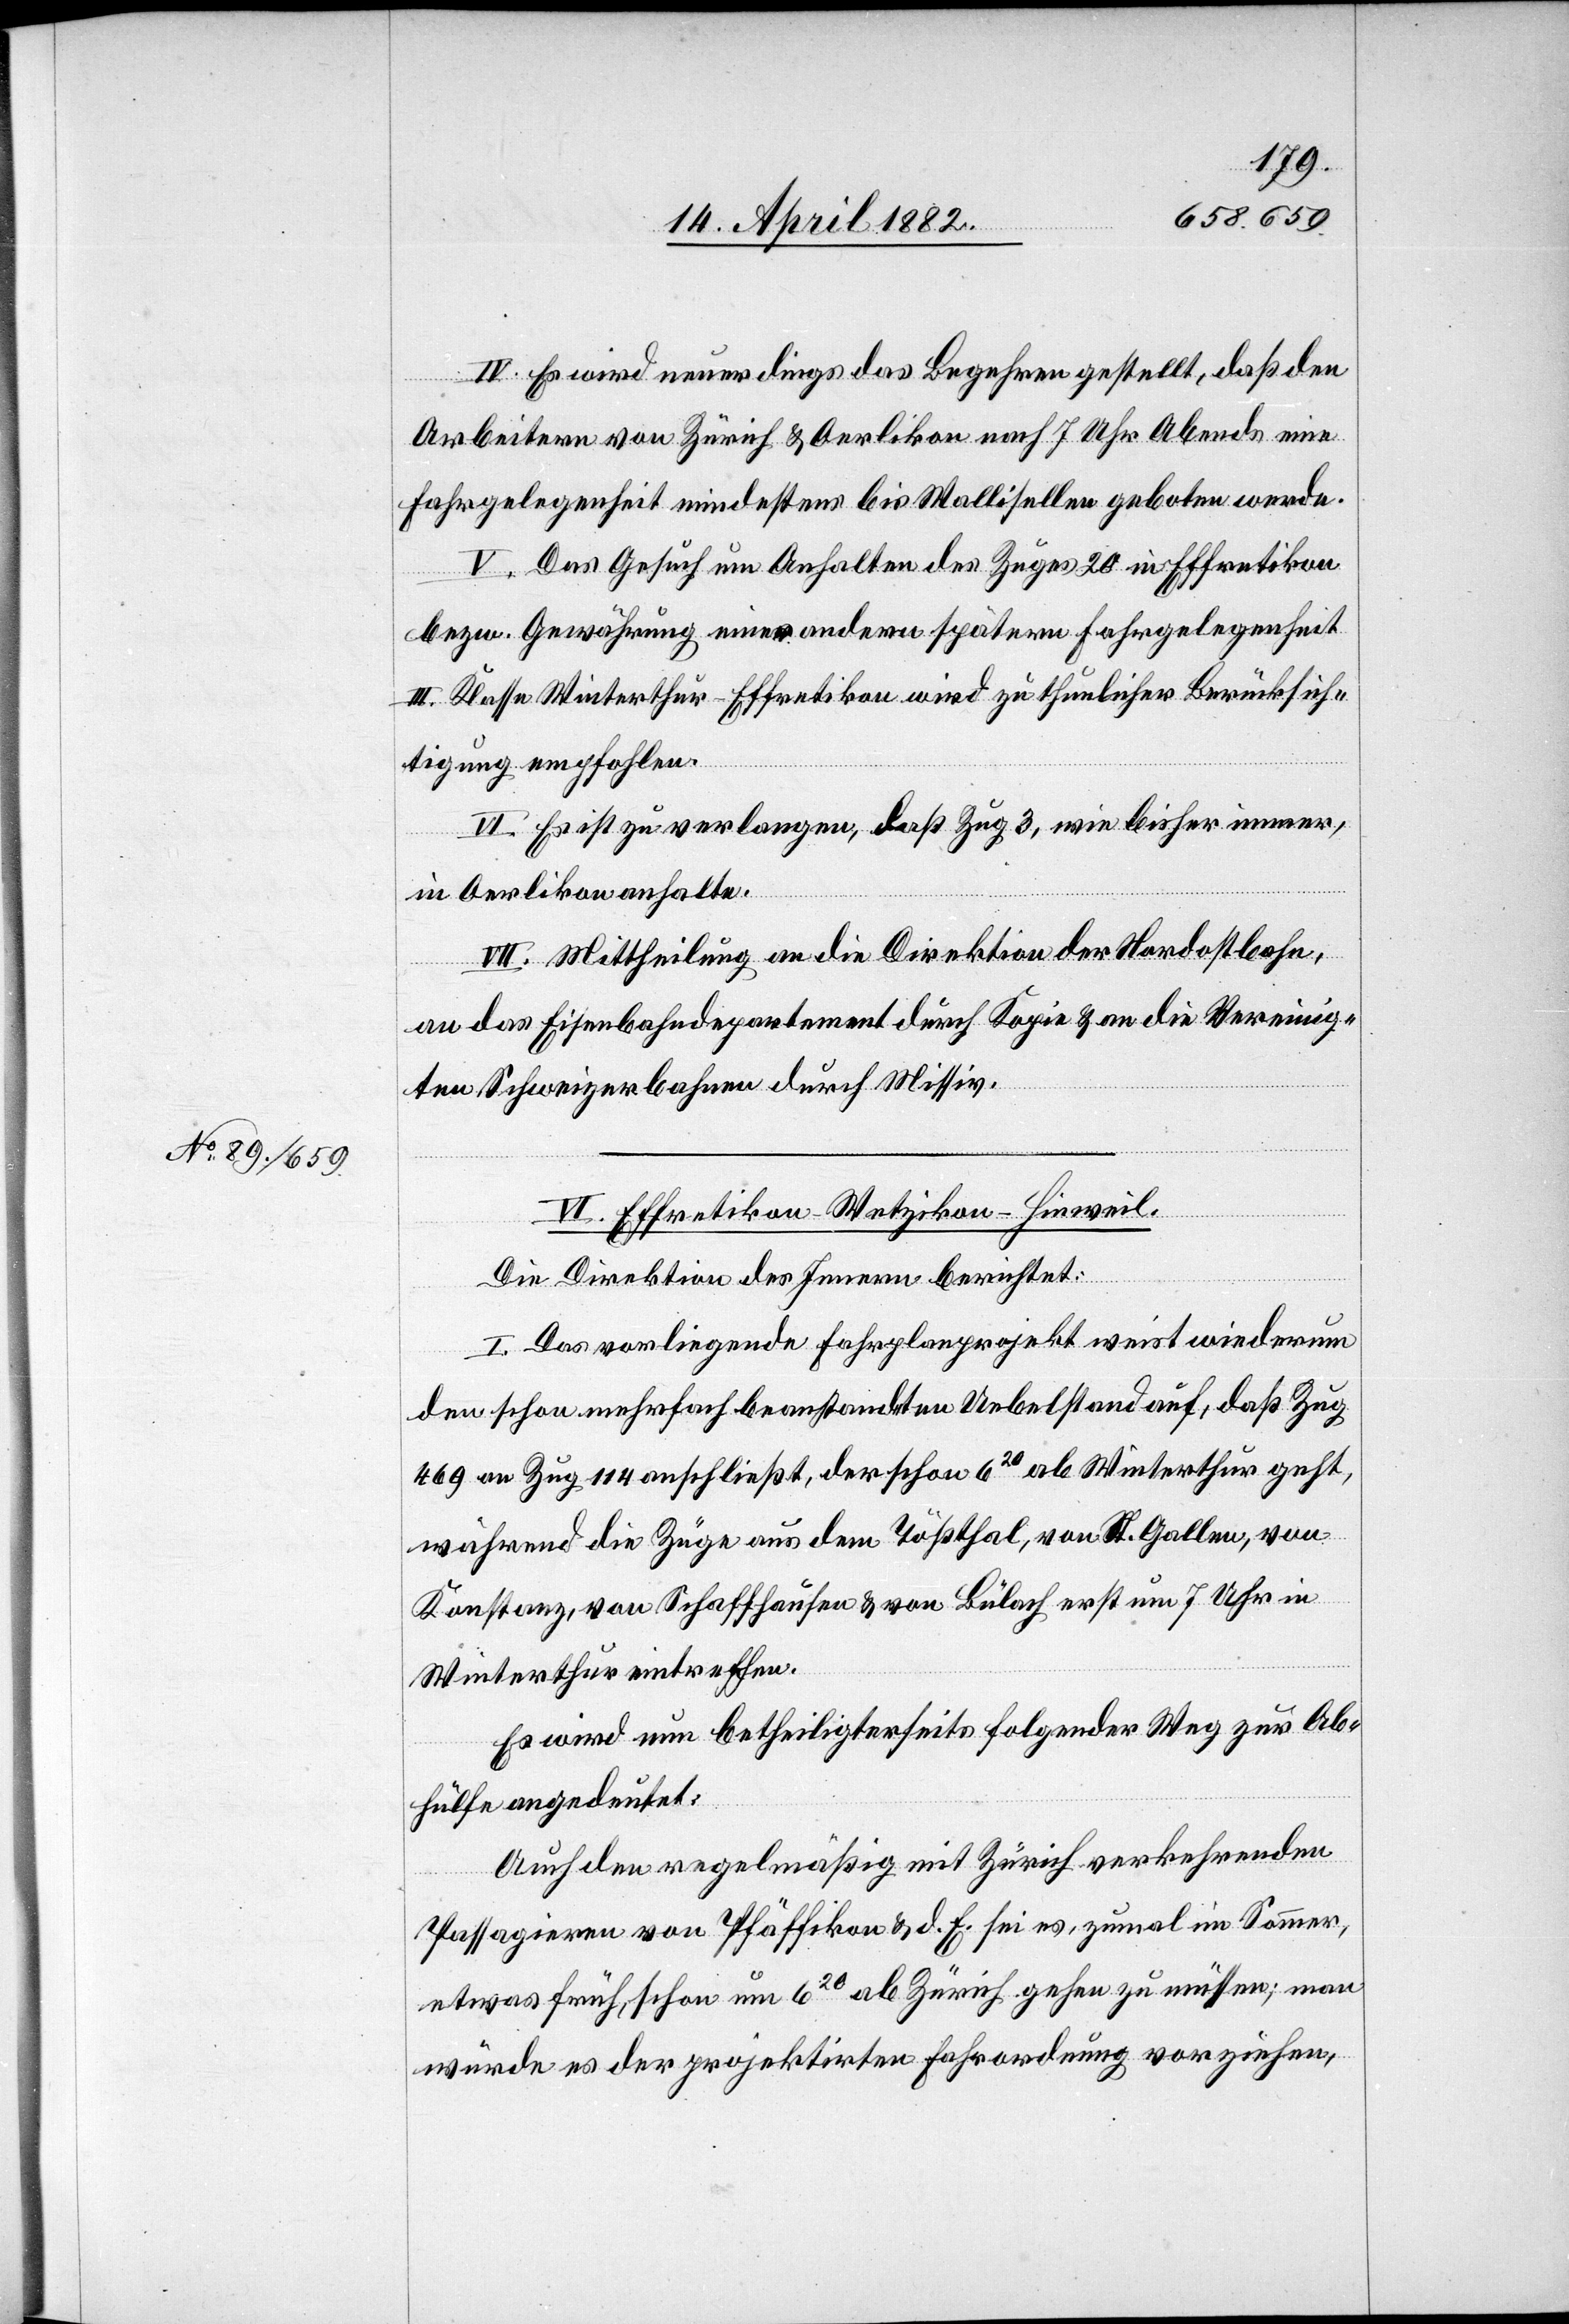
IV. Es wird neuerdings das Begehren gestellt, daß den
Arbeitern von Zürich & Oerlikon nach 7 Uhr Abends eine
Fahrgelegenheit mindestens bis Wallisellen geboten werde.
V. Das Gesuch um Anhalten des Zuges 20 in Effretikon
bezw. Gewährung einer andern spätern Fahrgelegenheit
III. Klasse Winterthur–Effretikon wird zu thunlicher Berücksich¬
tigung empfohlen.
VI. Es ist zu verlangen, daß Zug 3, wie bisher immer,
in Oerlikon anhalte.
VII. Mittheilung an die Direktion der Nordostbahn,
an das Eisenbahndepartement durch Kopie & an die Vereinig¬
ten Schweizerbahnen durch Missiv.
VI. Effretikon–Wetzikon–Hinweil.
Die Direktion des Innern berichtet:
I. Das vorliegende Fahrplanprojekt weist wiederum
den schon mehrfach beanstandeten Uebelstand auf, daß Zug
469 an Zug 114 anschließt, der schon 620 ab Winterthur geht,
während die Züge aus dem Tößthal, von St. Gallen, von
Konstanz, von Schaffhausen & von Bülach erst um 7 Uhr in
Winterthur eintreffen.
Es wird nun betheiligterseits folgender Weg zur Ab¬
hülfe angedeutet:
Auch den regelmäßig mit Zürich verkehrenden
Passagieren von Pfäffikon & d. E. sei es, zumal im Sommer,
etwas früh, schon um 620 ab Zürich gehen zu müssen; man
würde es der projektirten Fahrordnung vorziehen,